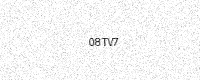
Text: 08TV7